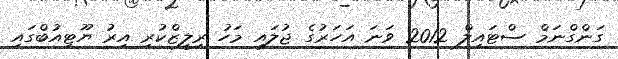
ގަންގްނަމް ސްޓައިލް 2012 ވަނަ އަހަރުގެ ޖުލައި މަހު ރިލީޒްކުރި އިރު ޔޫޓިއުބްގައި